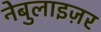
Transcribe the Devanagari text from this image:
नेबुलाइज़र